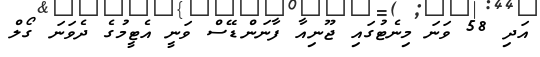
އަދި 58 ވަނަ މިނެޓުގައި ޖޫނިއާ ފާނަންޑޭސް ވަނީ އެޓީމުގެ ދެވަނަ ގޯލް